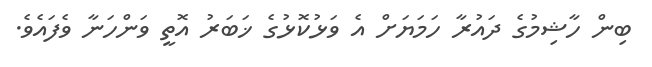
ބިން ހާޝިމުގެ ދައުރާ ހަމަޔަށް އެ ވަޅުކޮޅުގެ ޚަބަރު އޮތީ ވަންހަނާ ވެފައެވެ.